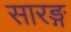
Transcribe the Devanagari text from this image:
सारङ्ग